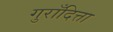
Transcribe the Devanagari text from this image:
गुराँदित्ता